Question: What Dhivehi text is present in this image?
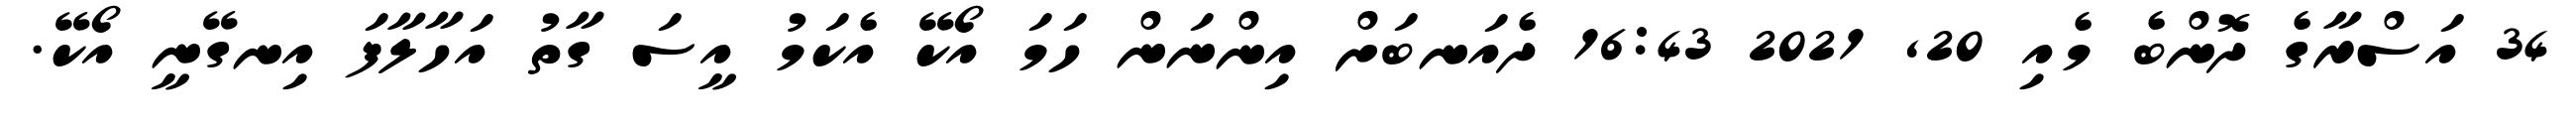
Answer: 34 އަސްރާގެ ދޮންބެ މެއި 20, 2021 16:43 ދެއަނބަށް އިންނަން ހަމަ އޯކޭ އެކަމު އީސަ ގާތު އަހާލާފަ އިނގޭނީ އޯކޭ.